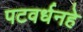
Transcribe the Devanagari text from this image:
पटवर्धनहे